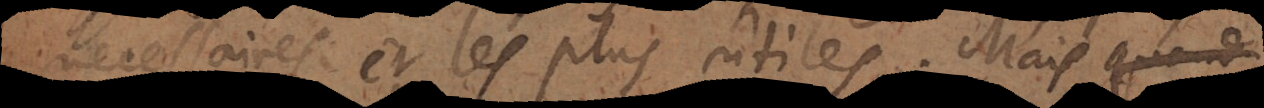
necessaires et les plus utiles. Mai